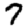
Digit: 7